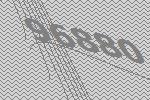
96880